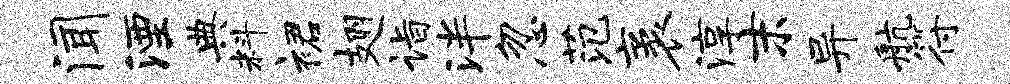
闻湮典料裙翅诣泮忽范袤淳末异航符